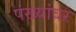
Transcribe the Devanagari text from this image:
पंख्यांवर